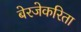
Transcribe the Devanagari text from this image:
बेरजेकरिता